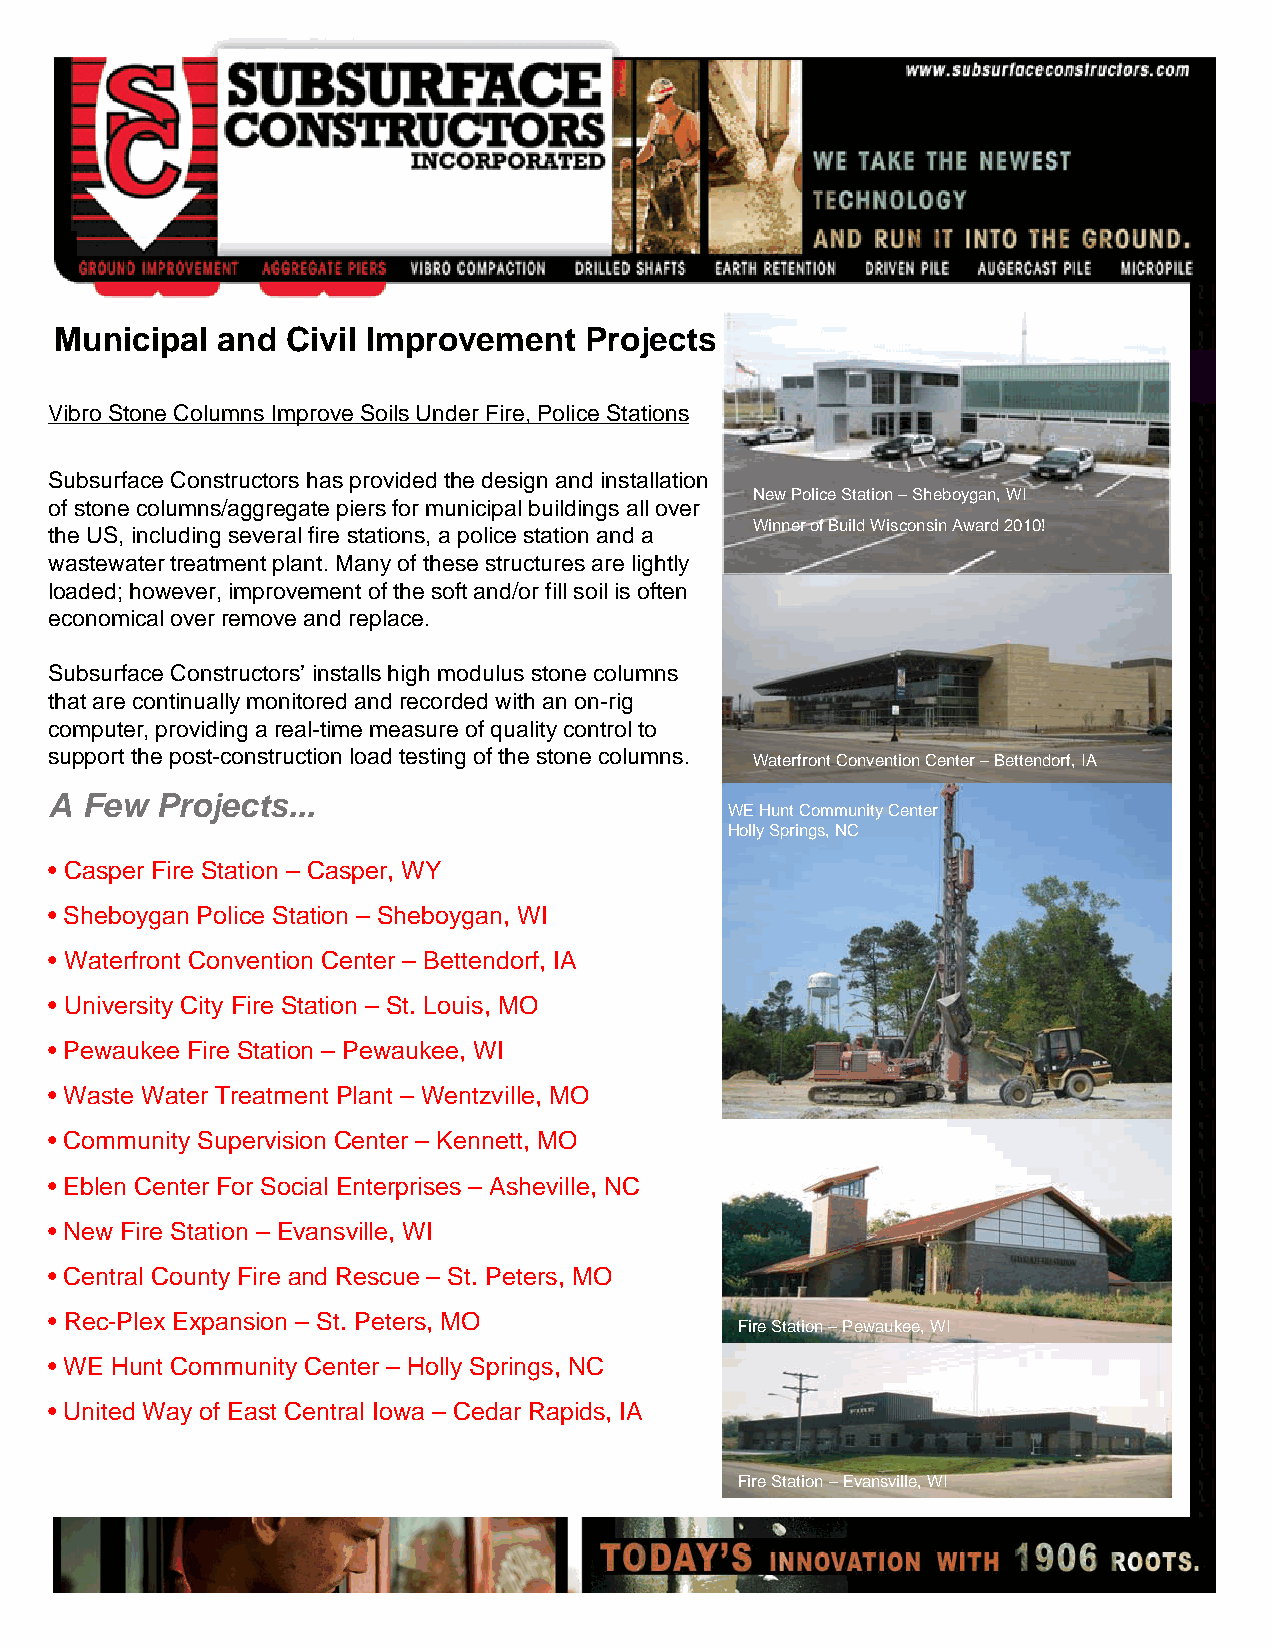
Municipal  and Civil Improvement   Projects
 Vibro Stone Columns Improve Soils Under Fire, Police Stations
 Subsurface Constructors has provided the design and installation
 New Police Station –Sheboygan, WI
 of stone columns/aggregate piers for municipal buildings all over
 Winner of Build Wisconsin Award 2010!
 the US, including several fire stations, a police station and a
 wastewater treatment plant. Many of these structures are lightly
 loaded; however, improvement of the soft and/or fill soil is often
 economical over remove and replace.
 Subsurface Constructors’ installs high modulus stone columns
 that are continually monitored and recorded with an on-rig
 computer, providing a real-time measure of quality control to
 support the post-construction load testing of the stone columns. Waterfront Convention Center –Bettendorf, IA
 A  Few Projects...                               Morningstar Senior Living –Moline, IL
 WE Hunt Community Center
 Holly Springs, NC
 • Casper Fire Station – Casper, WY
 • Sheboygan Police Station – Sheboygan, WI
 • Waterfront Convention Center – Bettendorf, IA
 • University City Fire Station – St. Louis, MO
 • Pewaukee Fire Station – Pewaukee, WI
 • Waste Water Treatment Plant – Wentzville, MO
 • Community Supervision Center – Kennett, MO
 • Eblen Center For Social Enterprises – Asheville, NC
 • New Fire Station – Evansville, WI
 • Central County Fire and Rescue – St. Peters, MO
 • Rec-Plex Expansion – St. Peters, MO
 Fire Station –Pewaukee, WI
 • WE Hunt Community Center – Holly Springs, NC
 • United Way of East Central Iowa – Cedar Rapids, IA
 Western Ridge MOB –Ohio
 Fire Station –Evansville, WI